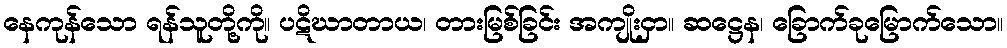
နေကုန်သော ရန်သူတို့ကို။ ပဋိဃာတာယ၊ တားမြစ်ခြင်း အကျိုးငှာ။ ဆဋ္ဌေန၊ ခြောက်ခုမြောက်သော။